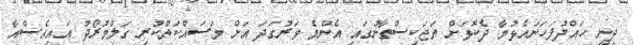
ދީނީ ހައްދުފަހަނައެޅުމާ ދެކޮޅަށް ތަޖަކިސްތާނުގައި އެންމެ ވަރުގަދަ އަށް މަސައްކަތްކުރި ގަލްމުރޯދު އައިއެސްއާ